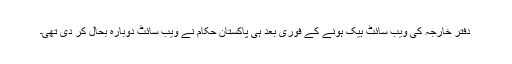
دفتر خارجہ کی ویب سائٹ ہیک ہونے کے فوری بعد ہی پاکستان حکام نے ویب سائٹ دوبارہ بحال کر دی تھی۔